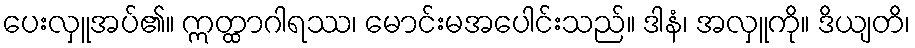
ပေးလှူအပ်၏။ ဣတ္ထာဂါရဿ၊ မောင်းမအပေါင်းသည်။ ဒါနံ၊ အလှူကို။ ဒိယျတိ၊